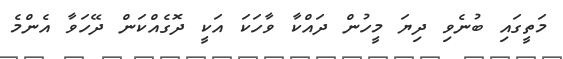
މަތީގައި ބުނެވި ދިޔަ މީހުން ދައްކާ ވާހަކަ އަކީ ދޮގެއްކަން ދޭހަވާ އެންމެ